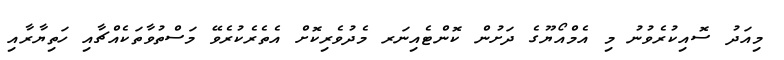
މިއަދު ސޮއިކުރެވުނު މި އެމްއޯޔޫގެ ދަށުން ކޮންޓެއިނަރ މެދުވެރިކޮށް އެތެރެކުރެވޭ މަސްތުވާތަކެއްޗާއި ހަތިޔާރާއި